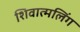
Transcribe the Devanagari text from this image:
शिवात्मलिंग